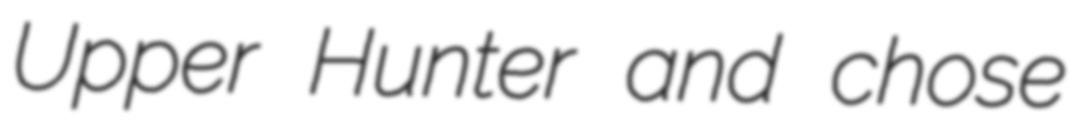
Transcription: Upper Hunter and chose